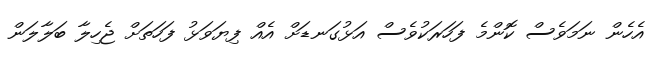
އެހެން ނަމަވެސް ކޮންމެ ފަހަރަކުވެސް އަޅުގަނޑަށް އެއް ފިޔަވަޅު ފަހަތަށް ޖެހިލާ ބަލާލަން